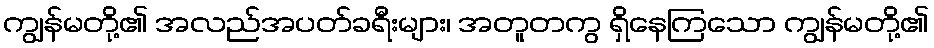
ကျွန်မတို့၏ အလည်အပတ်ခရီးများ၊ အတူတကွ ရှိနေကြသော ကျွန်မတို့၏